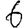
Digit: 6